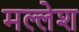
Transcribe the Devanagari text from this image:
मल्लेश